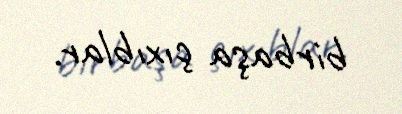
birbaşa çıxıblar.